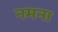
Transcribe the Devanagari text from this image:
नमना